Scientific memoirs by medical officers of the Army of India - Part X,
Year: 1897
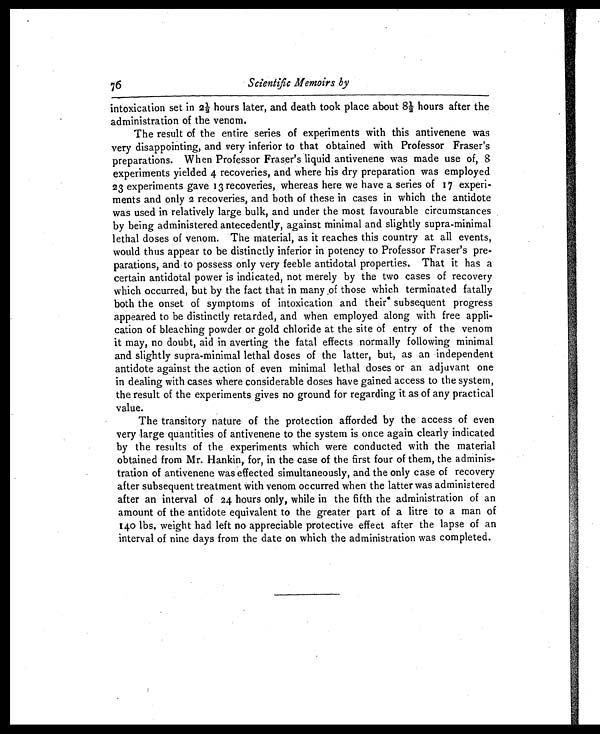
Scientific Memoirs by
intoxication set in 2½ hours later, and death took place about 8½ hours after the
administration of the venom.
The result of the entire series of experiments with this antivenene was
very disappointing, and very inferior to that obtained with Professor Fraser's
preparations. When Professor Fraser's liquid antivenene was made use of, 8
experiments yielded 4 recoveries, and where his dry preparation was employed
23 experiments gave 13 recoveries, whereas here we have a series of 17 experi-
ments and only 2 recoveries, and both of these in cases in which the antidote
was used in relatively large bulk, and under the most favourable circumstances
by being administered antecedently, against minimal and slightly supra-minimal
lethal doses of venom. The material, as it reaches this country at all events,
would thus appear to be distinctly inferior in potency to Professor Fraser's pre-
parations, and to possess only very feeble antidotal properties. That it has a
certain antidotal power is indicated, not merely by the two cases of recovery
which occurred, but by the fact that in many of those which terminated fatally
both the onset of symptoms of intoxication and their subsequent progress
appeared to be distinctly retarded, and when employed along with free appli-
cation of bleaching powder or gold chloride at the site of entry of the venom
it may, no doubt, aid in averting the fatal effects normally following minimal
and slightly supra-minimal lethal doses of the latter, but, as an independent
antidote against the action of even minimal lethal doses or an adjuvant one
in dealing with cases where considerable doses have gained access to the system,
the result of the experiments gives no ground for regarding it as of any practical
value.
The transitory nature of the protection afforded by the access of even
very large quantities of antivenene to the system is once again clearly indicated
by the results of the experiments which were conducted with the material
obtained from Mr. Hankin, for, in the case of the first four of them, the adminis-
tration of antivenene was effected simultaneously, and the only case of recovery
after subsequent treatment with venom occurred when the latter was administered
after an interval of 24 hours only, while in the fifth the administration of an
amount of the antidote equivalent to the greater part of a litre to a man of
140 lbs. weight had left no appreciable protective effect after the lapse of an
interval of nine days from the date on which the administration was completed.